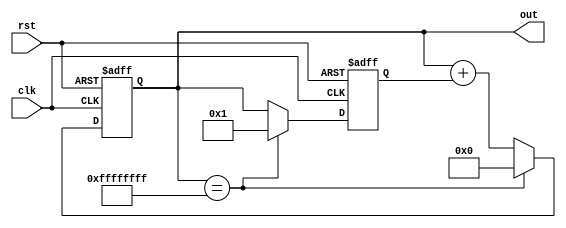
`timescale 1ns / 1ps
//////////////////////////////////////////////////////////////////////////////////
// Company: 
// Engineer: 
// 
// Design Name: 
// Module Name:    Fibinocci 
// Project Name: 
// Target Devices: 
// Tool versions: 
// Description: 
//
// Dependencies: 
//
// Revision: 
// Revision 0.01 - File Created
// Additional Comments: 
//
//////////////////////////////////////////////////////////////////////////////////
module Fibinocci(clk,rst,out);

input clk,rst;
output  reg [31:0] out=0;

reg [31:0] temp1=0,temp2=1;
reg [31:0] temp_out;

always @(posedge clk or negedge rst) begin

if(!rst) begin
temp1=0;
temp2=1;
out=0;
end
else if(out==32'd4294967295) begin
temp1=0;
temp2=1;
out=0;
end
else begin
out=temp1+temp2;
temp2=temp1;
temp1=out;

end
end

endmodule